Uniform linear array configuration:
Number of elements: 32
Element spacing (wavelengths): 0.25
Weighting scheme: hamming
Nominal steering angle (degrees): -30
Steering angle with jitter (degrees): -29.918
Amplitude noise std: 0.05
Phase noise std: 0.05

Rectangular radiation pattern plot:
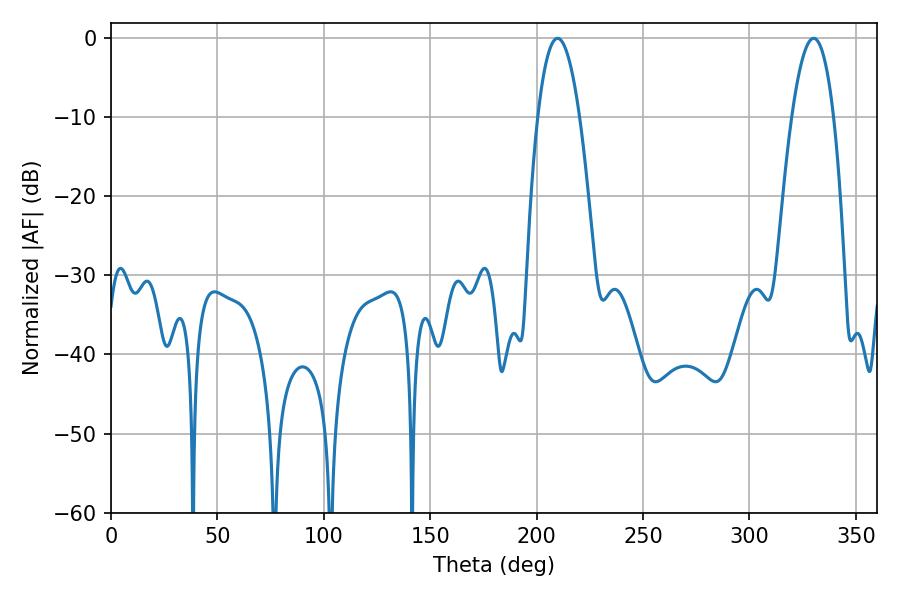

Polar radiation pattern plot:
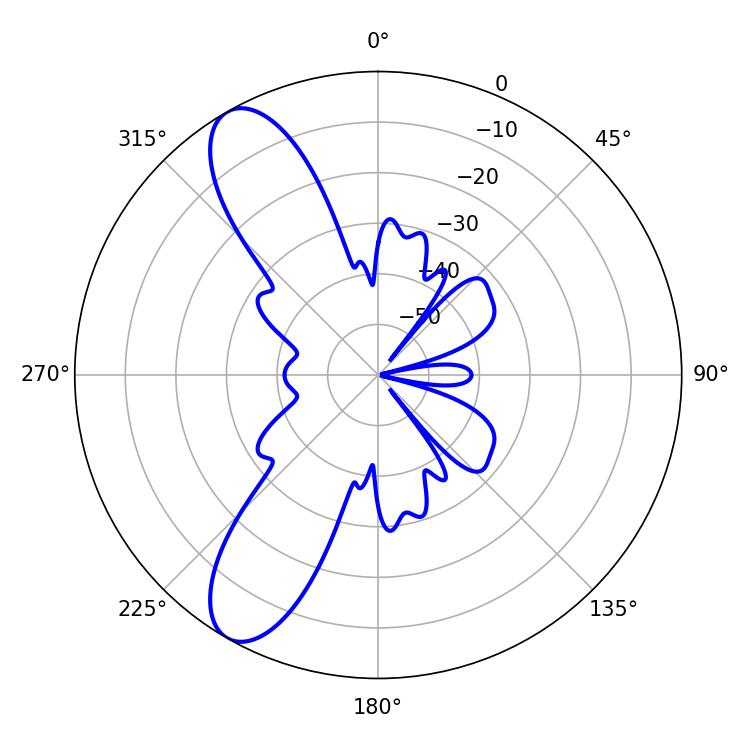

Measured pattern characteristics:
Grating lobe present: FALSE
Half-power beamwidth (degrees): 10.98
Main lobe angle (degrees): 209.88